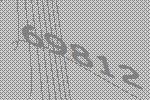
69812